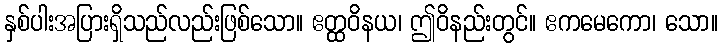
နှစ်ပါးအပြားရှိသည်လည်းဖြစ်သော။ ဧတ္ထဝိနယ၊ ဤဝိနည်းတွင်။ ဧကမေကော၊ သော။